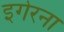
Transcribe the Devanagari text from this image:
इगेरना